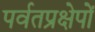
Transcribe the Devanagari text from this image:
पर्वतप्रक्षेपों